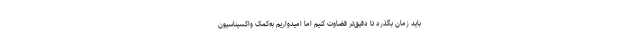
باید زمان بگذرد تا دقیق‌تر قضاوت کنیم اما امیدواریم به‌کمک واکسیناسیون